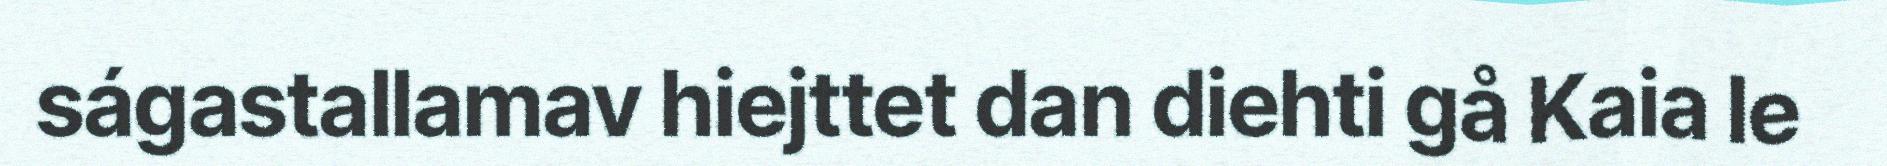
ságastallamav hiejttet dan diehti gå Kaia le